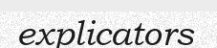
explicators